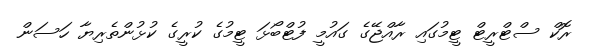
ރޮކް ސްޓްރީޓް ޓީމުގައި ރާއްޖޭގެ ގައުމީ ފުޓްބޯޅަ ޓީމުގެ ކުރީގެ ކުޅުންތެރިޔާ ހަސަން